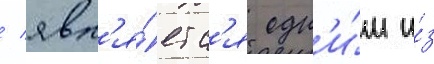
/ явл'я́етс'я одн'и́м и́з